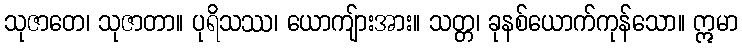
သုဇာတေ၊ သုဇာတာ။ ပုရိသဿ၊ ယောကျ်ားအား။ သတ္တ၊ ခုနစ်ယောက်ကုန်သော။ ဣမာ